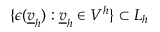
\{ \epsilon ( \underline { { v } } _ { h } ) : \underline { { v } } _ { h } \in V ^ { h } \} \subset L _ { h }